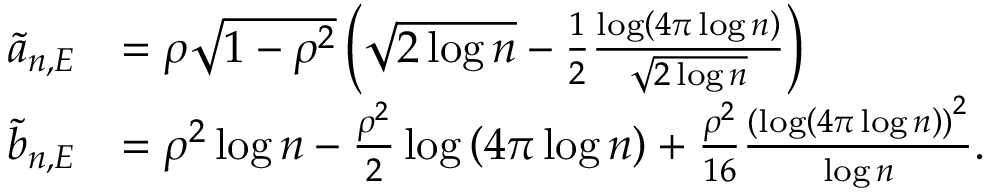
\begin{array} { r l } { \tilde { a } _ { n , E } } & { = \rho \sqrt { 1 - \rho ^ { 2 } } \left( \sqrt { 2 \log n } - \frac 1 2 \frac { \log \left( 4 \pi \log n \right) } { \sqrt { 2 \log n } } \right) } \\ { \tilde { b } _ { n , E } } & { = \rho ^ { 2 } \log n - \frac { \rho ^ { 2 } } { 2 } \log \left( 4 \pi \log n \right) + \frac { \rho ^ { 2 } } { 1 6 } \frac { { ( \log \left( 4 \pi \log n \right) ) } ^ { 2 } } { \log n } . } \end{array}